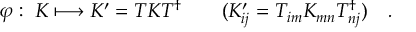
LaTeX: \varphi : \; K \longmapsto K ^ { \prime } = T K T ^ { \dagger } \qquad ( K _ { i j } ^ { \prime } = T _ { i m } K _ { m n } T _ { n j } ^ { \dagger } ) \quad .